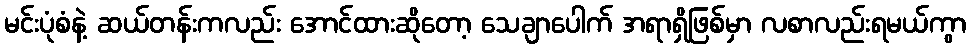
မင်းပုံစံနဲ့ ဆယ်တန်းကလည်း အောင်ထားဆိုတော့ သေချာပေါက် အရာရှိဖြစ်မှာ လစာလည်းရမယ်ကွာ